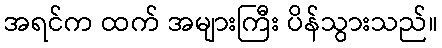
အရင်က ထက် အများကြီး ပိန်သွားသည်။